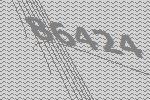
86424